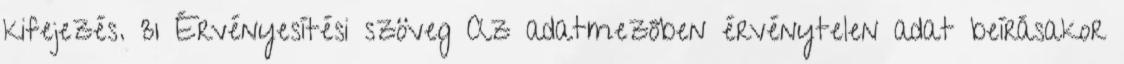
kifejezés. 31 Érvényesítési szöveg Az adatmezőben érvénytelen adat beírásakor